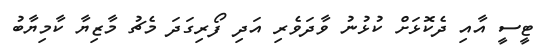
ޓީސީ އާއި ދެކޮޅަށް ކުޅުނު ވާދަވެރި އަދި ފޯރިގަދަ މެޗު މާޒިޔާ ކާމިޔާބު